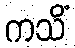
ကသိံ